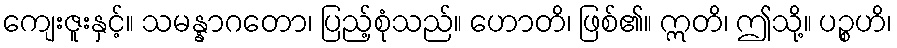
ကျေးဇူးနှင့်။ သမန္နာဂတော၊ ပြည့်စုံသည်။ ဟောတိ၊ ဖြစ်၏။ ဣတိ၊ ဤသို့။ ပဉ္စဟိ၊